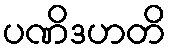
ပဏိဒဟတိ